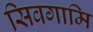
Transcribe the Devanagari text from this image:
सिवगामि